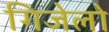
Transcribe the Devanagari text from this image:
गिजेलो